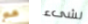
مع لشىء